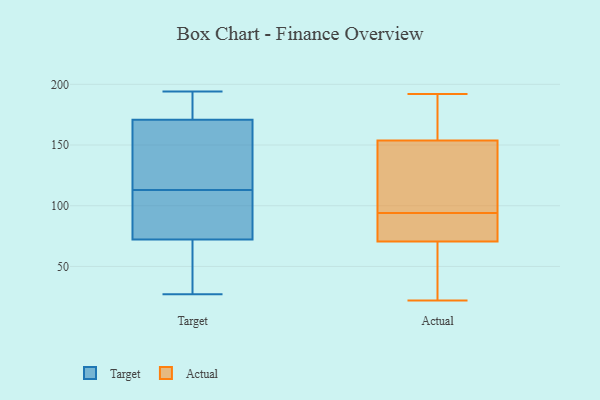
{"axis": {"x": "LTV (USD)", "y": "Value"}, "legend": ["Actual", "Target"], "data": [{"x": "", "y": 168, "type": "Target"}, {"x": "", "y": 44, "type": "Target"}, {"x": "", "y": 186, "type": "Target"}, {"x": "", "y": 133, "type": "Target"}, {"x": "", "y": 194, "type": "Target"}, {"x": "", "y": 27, "type": "Target"}, {"x": "", "y": 179, "type": "Target"}, {"x": "", "y": 93, "type": "Target"}, {"x": "", "y": 189, "type": "Target"}, {"x": "", "y": 75, "type": "Target"}, {"x": "", "y": 98, "type": "Target"}, {"x": "", "y": 134, "type": "Target"}, {"x": "", "y": 41, "type": "Target"}, {"x": "", "y": 160, "type": "Target"}, {"x": "", "y": 64, "type": "Target"}, {"x": "", "y": 81, "type": "Target"}, {"x": "", "y": 113, "type": "Target"}, {"x": "", "y": 192, "type": "Actual"}, {"x": "", "y": 40, "type": "Actual"}, {"x": "", "y": 78, "type": "Actual"}, {"x": "", "y": 96, "type": "Actual"}, {"x": "", "y": 180, "type": "Actual"}, {"x": "", "y": 170, "type": "Actual"}, {"x": "", "y": 22, "type": "Actual"}, {"x": "", "y": 105, "type": "Actual"}, {"x": "", "y": 85, "type": "Actual"}, {"x": "", "y": 94, "type": "Actual"}, {"x": "", "y": 68, "type": "Actual"}]}